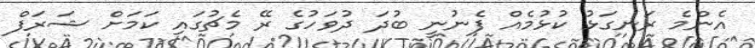
އެންމެ ރަނގަޅު ކުޅުމެއް ފެނުނީ ބުދަ ދުވަހުގެ ރޭ މެޗުގައި ކަމަށް ޝަރަފް